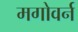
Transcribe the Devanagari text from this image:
मगोवर्न